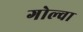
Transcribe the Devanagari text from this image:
गोल्वा